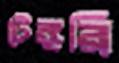
টেঙ্গরি